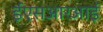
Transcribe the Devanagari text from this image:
ईएसआरआई